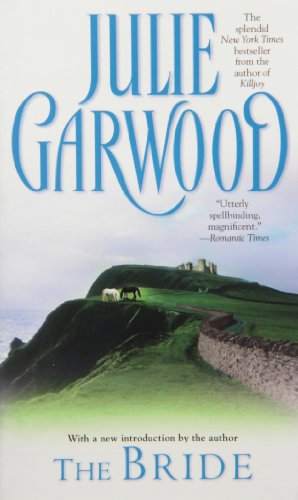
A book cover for The Bride; Julie Garwood; Romance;